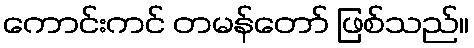
ကောင်းကင် တမန်တော် ဖြစ်သည်။